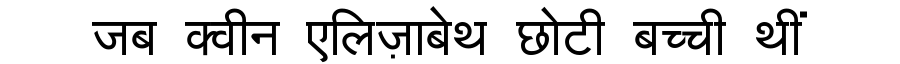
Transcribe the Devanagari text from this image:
जब क्वीन एलिज़ाबेथ छोटी बच्ची थीं